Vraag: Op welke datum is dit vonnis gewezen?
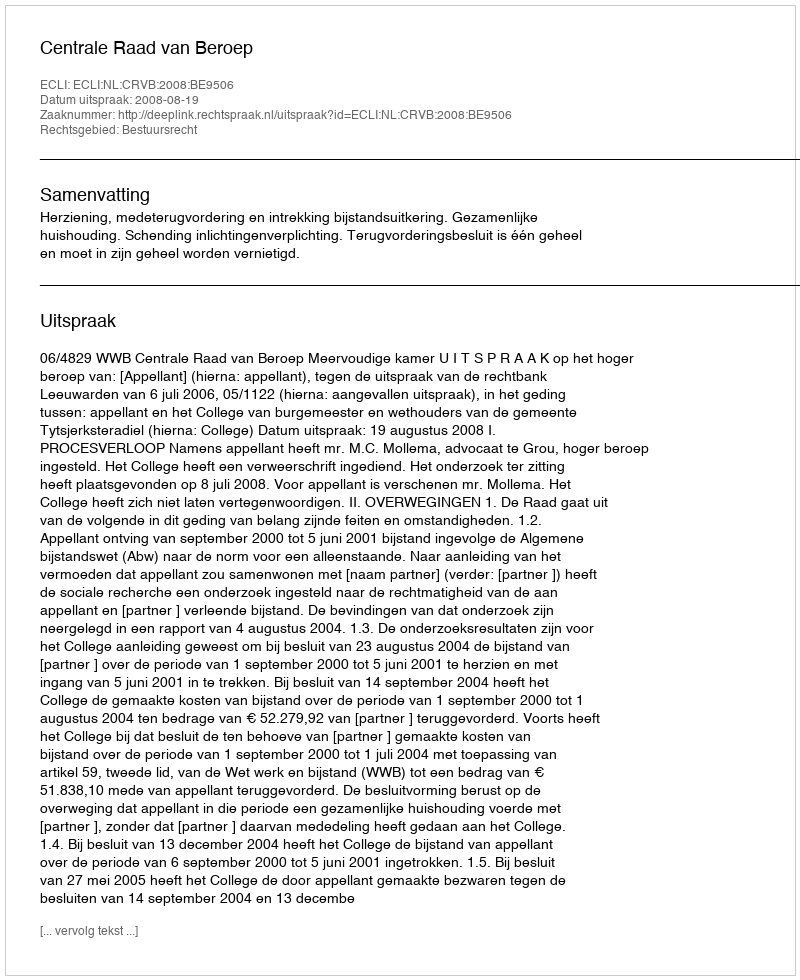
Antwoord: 2008-08-19